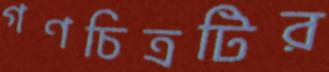
গণচিত্রটির